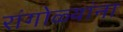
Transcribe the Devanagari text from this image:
रांगोळ्यांना